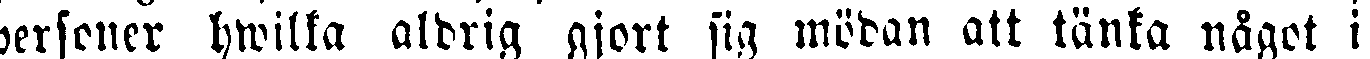
personer hwilka aldrig gjort sig mödan att tänka något i